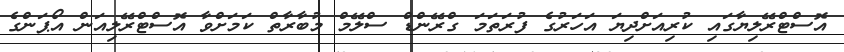
އޮސްޓްރޭލިޔާގައި ކުރިއަށްދިޔަ އަހަރުގެ ފުރަތަމަ ގްރޭންޑް ސްލޭމް މުބާރާތް ކަމަށްވާ އޮސްޓްރޭލިއަން އޯޕަންގެ